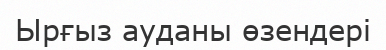
Ырғыз ауданы өзендері